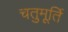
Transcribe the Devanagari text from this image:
चतुमूर्ति